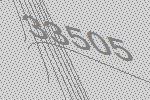
33505